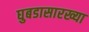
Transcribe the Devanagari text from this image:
घुबडासारख्या